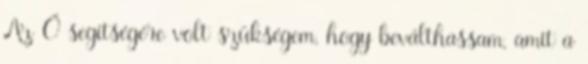
Az Ő segítségére volt szükségem, hogy beválthassam, amit a